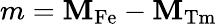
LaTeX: m=\mathbf{M}_{\mathrm{{Fe}}}-\mathbf{M}_{\mathrm{{Tm}}}